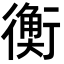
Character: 𧗾